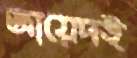
জায়েদই